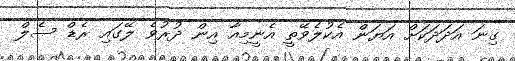
ގިނަ އަދަދަކަށް އަޔަން އެކުލެވޭތީ އެނީމިއާ އިން ދުރުވެ ލޭގައި ރެޑް ސެލް